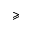
\geqslant